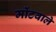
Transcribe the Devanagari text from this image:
मोंटवाले